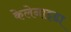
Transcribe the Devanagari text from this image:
केलेनाइडा